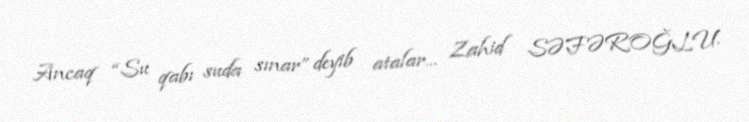
Ancaq “Su qabı suda sınar” deyib atalar... Zahid SƏFƏROĞLU.